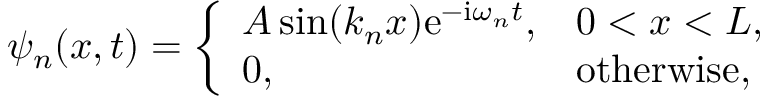
\psi _ { n } ( x , t ) = { \left\{ \begin{array} { l l } { A \sin ( k _ { n } x ) \mathrm { e } ^ { - \mathrm { i } \omega _ { n } t } , } & { 0 < x < L , } \\ { 0 , } & { { \mathrm { o t h e r w i s e , } } } \end{array} \right. }